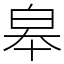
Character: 皋